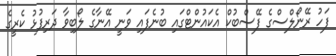
ފަހު ރޭނޯލްސްގެ ފޭސްބުކް އެކައުންޓްގައި ބުނެފައި ވަނީ އޭނާގެ ލޯބިވާ ދަރިފުޅު ކެރީގެ